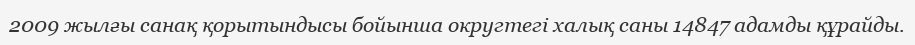
2009 жылғы санақ қорытындысы бойынша округтегі халық саны 14847 адамды құрайды.